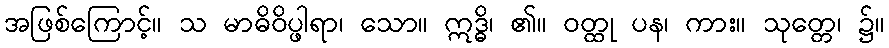
အဖြစ်ကြောင့်။ သ မာဓိဝိပ္ဖါရာ၊ သော။ ဣဒ္ဓိ၊ ၏။ ဝတ္ထု ပန၊ ကား။ သုတ္တေ၊ ၌။